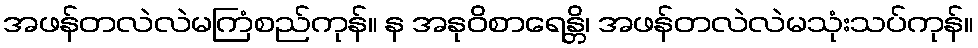
အဖန်တလဲလဲမကြံစည်ကုန်။ န အနုဝိစာရေန္တိ၊ အဖန်တလဲလဲမသုံးသပ်ကုန်။